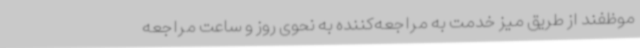
موظفند از طریق میز خدمت به مراجعه‌کننده به نحوی روز و ساعت مراجعه